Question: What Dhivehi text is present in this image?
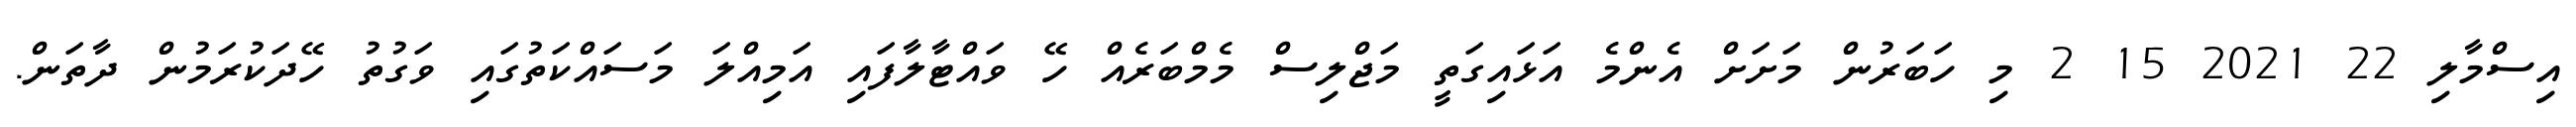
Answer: އިސްމާލި 22 2021 15 2 މި ހަބަރުން މަށަށް އެންމެ އަޅައިގަތީ މަޖްލިސް މެމްބަރެއް ހޭ ވައްޓާލާފައި އަމިއްލަ މަސައްކަތުގައި ވަގުތު ހޭދަކުރަމުން ދާތަން.